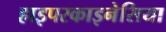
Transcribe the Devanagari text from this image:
हाइपरकाइनेसिया